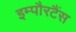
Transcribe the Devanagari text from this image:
इम्पौरटैंस